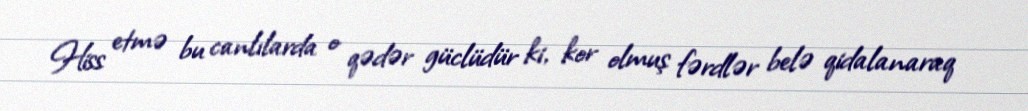
Hiss etmə bu canlılarda o qədər güclüdür ki, kor olmuş fərdlər belə qidalanaraq